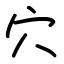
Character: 穴